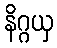
နိဂ္ဂယှ